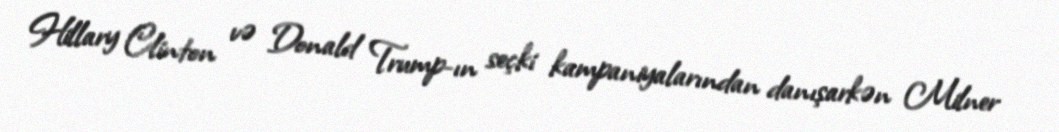
Hillary Clinton və Donald Trump-ın seçki kampaniyalarından danışarkən Milner